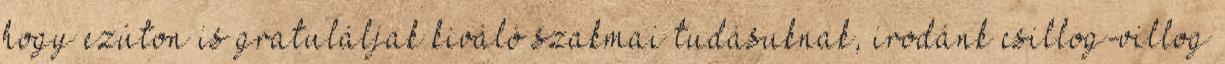
hogy ezúton is gratuláljak kiváló szakmai tudásuknak, irodánk csillog-villog